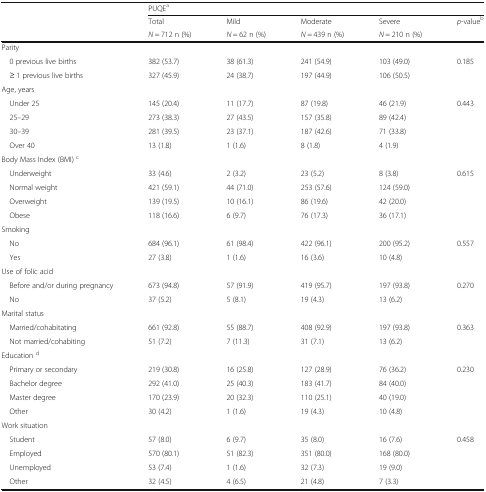
<table><thead><tr><td rowspan="3"></td><td colspan="5"><b>PUQE<sup>a</sup></b></td></tr><tr><td><b>Total</b></td><td><b>Mild</b></td><td><b>Moderate</b></td><td><b>Severe</b></td><td><b><i>p</i>-value<sup>b</sup></b></td></tr><tr><td><b><i>N</i> = 712 n (%)</b></td><td><b><i>N</i> = 62 n (%)</b></td><td><b><i>N</i> = 439 n (%)</b></td><td><b><i>N</i> = 210 n (%)</b></td><td></td></tr></thead><tbody><tr><td colspan="6">Parity</td></tr><tr><td> 0 previous live births</td><td>382 (53.7)</td><td>38 (61.3)</td><td>241 (54.9)</td><td>103 (49.0)</td><td>0.185</td></tr><tr><td> ≥ 1 previous live births</td><td>327 (45.9)</td><td>24 (38.7)</td><td>197 (44.9)</td><td>106 (50.5)</td><td></td></tr><tr><td colspan="6">Age, years</td></tr><tr><td> Under 25</td><td>145 (20.4)</td><td>11 (17.7)</td><td>87 (19.8)</td><td>46 (21.9)</td><td>0.443</td></tr><tr><td> 25–29</td><td>273 (38.3)</td><td>27 (43.5)</td><td>157 (35.8)</td><td>89 (42.4)</td><td></td></tr><tr><td> 30–39</td><td>281 (39.5)</td><td>23 (37.1)</td><td>187 (42.6)</td><td>71 (33.8)</td><td></td></tr><tr><td> Over 40</td><td>13 (1.8)</td><td>1 (1.6)</td><td>8 (1.8)</td><td>4 (1.9)</td><td></td></tr><tr><td colspan="6">Body Mass Index (BMI) <sup>c</sup></td></tr><tr><td> Underweight</td><td>33 (4.6)</td><td>2 (3.2)</td><td>23 (5.2)</td><td>8 (3.8)</td><td>0.615</td></tr><tr><td> Normal weight</td><td>421 (59.1)</td><td>44 (71.0)</td><td>253 (57.6)</td><td>124 (59.0)</td><td></td></tr><tr><td> Overweight</td><td>139 (19.5)</td><td>10 (16.1)</td><td>86 (19.6)</td><td>42 (20.0)</td><td></td></tr><tr><td> Obese</td><td>118 (16.6)</td><td>6 (9.7)</td><td>76 (17.3)</td><td>36 (17.1)</td><td></td></tr><tr><td colspan="6">Smoking</td></tr><tr><td> No</td><td>684 (96.1)</td><td>61 (98.4)</td><td>422 (96.1)</td><td>200 (95.2)</td><td>0.557</td></tr><tr><td> Yes</td><td>27 (3.8)</td><td>1 (1.6)</td><td>16 (3.6)</td><td>10 (4.8)</td><td></td></tr><tr><td colspan="6">Use of folic acid</td></tr><tr><td> Before and/or during pregnancy</td><td>673 (94.8)</td><td>57 (91.9)</td><td>419 (95.7)</td><td>197 (93.8)</td><td>0.270</td></tr><tr><td> No</td><td>37 (5.2)</td><td>5 (8.1)</td><td>19 (4.3)</td><td>13 (6.2)</td><td></td></tr><tr><td colspan="6">Marital status</td></tr><tr><td> Married/cohabitating</td><td>661 (92.8)</td><td>55 (88.7)</td><td>408 (92.9)</td><td>197 (93.8)</td><td>0.363</td></tr><tr><td> Not married/cohabiting</td><td>51 (7.2)</td><td>7 (11.3)</td><td>31 (7.1)</td><td>13 (6.2)</td><td></td></tr><tr><td colspan="6">Education <sup>d</sup></td></tr><tr><td> Primary or secondary</td><td>219 (30.8)</td><td>16 (25.8)</td><td>127 (28.9)</td><td>76 (36.2)</td><td>0.230</td></tr><tr><td> Bachelor degree</td><td>292 (41.0)</td><td>25 (40.3)</td><td>183 (41.7)</td><td>84 (40.0)</td><td></td></tr><tr><td> Master degree</td><td>170 (23.9)</td><td>20 (32.3)</td><td>110 (25.1)</td><td>40 (19.0)</td><td></td></tr><tr><td> Other</td><td>30 (4.2)</td><td>1 (1.6)</td><td>19 (4.3)</td><td>10 (4.8)</td><td></td></tr><tr><td colspan="6">Work situation</td></tr><tr><td> Student</td><td>57 (8.0)</td><td>6 (9.7)</td><td>35 (8.0)</td><td>16 (7.6)</td><td>0.458</td></tr><tr><td> Employed</td><td>570 (80.1)</td><td>51 (82.3)</td><td>351 (80.0)</td><td>168 (80.0)</td><td></td></tr><tr><td> Unemployed</td><td>53 (7.4)</td><td>1 (1.6)</td><td>32 (7.3)</td><td>19 (9.0)</td><td></td></tr><tr><td> Other</td><td>32 (4.5)</td><td>4 (6.5)</td><td>21 (4.8)</td><td>7 (3.3)</td><td></td></tr></tbody></table>